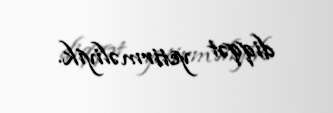
diqqət yetirməliyik.